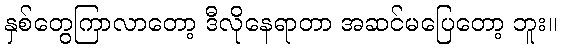
နှစ်တွေကြာလာတော့ ဒီလိုနေရာတာ အဆင်မပြေတော့ ဘူး။